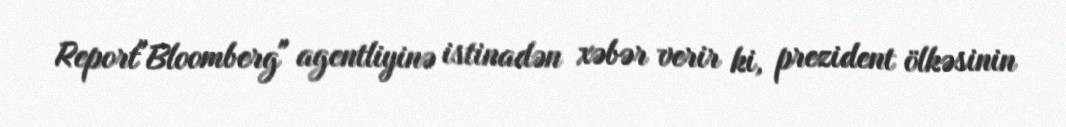
Report"Bloomberg" agentliyinə istinadən xəbər verir ki, prezident ölkəsinin